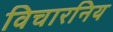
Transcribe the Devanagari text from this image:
विचारनिय